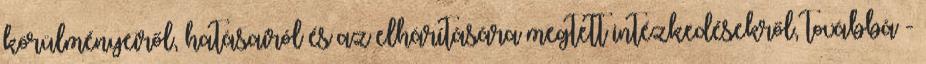
körülményeiről, hatásairól és az elhárítására megtett intézkedésekről, továbbá -